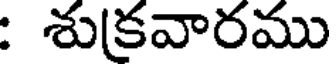
: శుక్రవారము